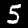
Label: 5